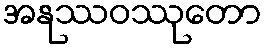
အနုဿဝဿုတော